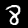
Digit: 8